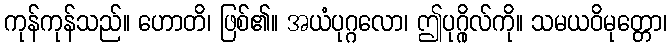
ကုန်ကုန်သည်။ ဟောတိ၊ ဖြစ်၏။ အယံပုဂ္ဂလော၊ ဤပုဂ္ဂိုလ်ကို။ သမယဝိမုတ္တော၊